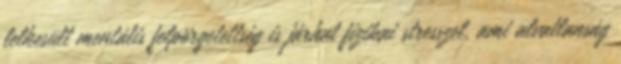
lelkesült mentális felpörgetettség is járhat fizikai stresszel, ami alvatlanság